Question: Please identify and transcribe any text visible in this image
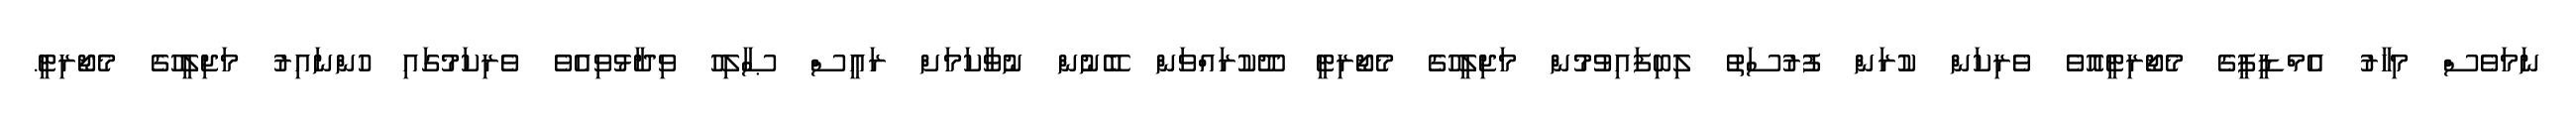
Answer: ނަމަވެސް މިހާރު އެމްޑީޕީގެ މެޖޯރިޓީއޮވެ ވެރިކަން ކުރަން ފުރުސަތު ލިބިފައިވުމުން މަޖިލީހުގެ މެޖޯރިޓީ ދޫކުރައްވަން ބޭނުން ނުވާކަމަށް ރައީސް ޞާލިހު ވިދާޅުވިއެވެ ވެރިކަމުގައި ހުންނައިރު މަޖިލީހުގެ މެޖޯރިޓީ.